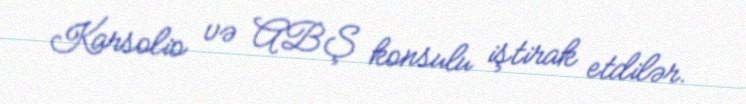
Karsolio və ABŞ konsulu iştirak etdilər.